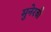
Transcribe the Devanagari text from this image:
मुनेरबी